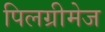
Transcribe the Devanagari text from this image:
पिलग्रीमेज